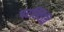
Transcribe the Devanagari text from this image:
परस्थिति